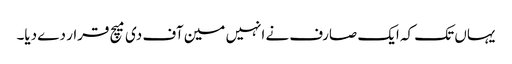
یہاں تک کہ ایک صارف نے انہیں مین آف دی میچ قرار دے دیا۔